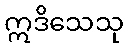
ဣဒိသေသု